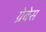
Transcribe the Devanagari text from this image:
ग्रेबेस